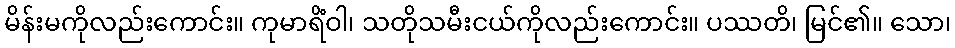
မိန်းမကိုလည်းကောင်း။ ကုမာရိံဝါ၊ သတိုသမီးငယ်ကိုလည်းကောင်း။ ပဿတိ၊ မြင်၏။ သော၊